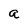
Character: a